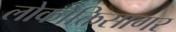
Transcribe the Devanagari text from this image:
लोकोक्तिसागर